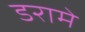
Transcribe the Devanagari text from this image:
डरामे